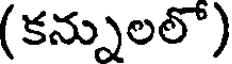
(కన్నులల్)